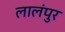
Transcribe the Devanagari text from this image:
लालंपुर